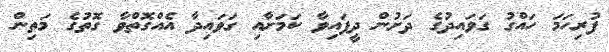
ފުރިހަމަ ހައްގު ގަވައިދުގެ ދަށުން ދީފައިވާ ކަމަށާއި ގަވައިދާ އެއްގޮތްވާ ގޮތުގެ މަތިން